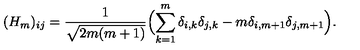
( H _ { m } ) _ { i j } = { \frac { 1 } { \sqrt { 2 m ( m + 1 ) } } } \Bigl ( \sum _ { k = 1 } ^ { m } \delta _ { i , k } \delta _ { j , k } - m \delta _ { i , m + 1 } \delta _ { j , m + 1 } \Bigr ) .